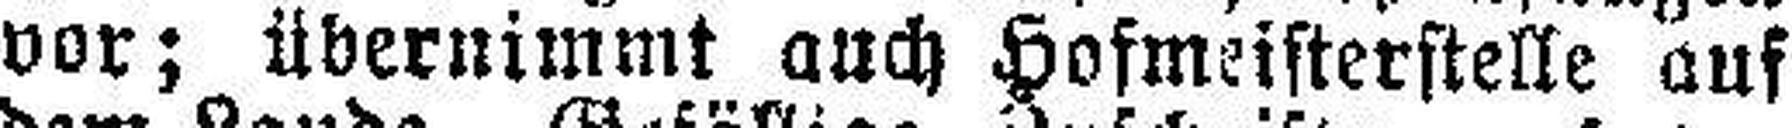
vor; übernimmt auch Hofmeisterstelle auf